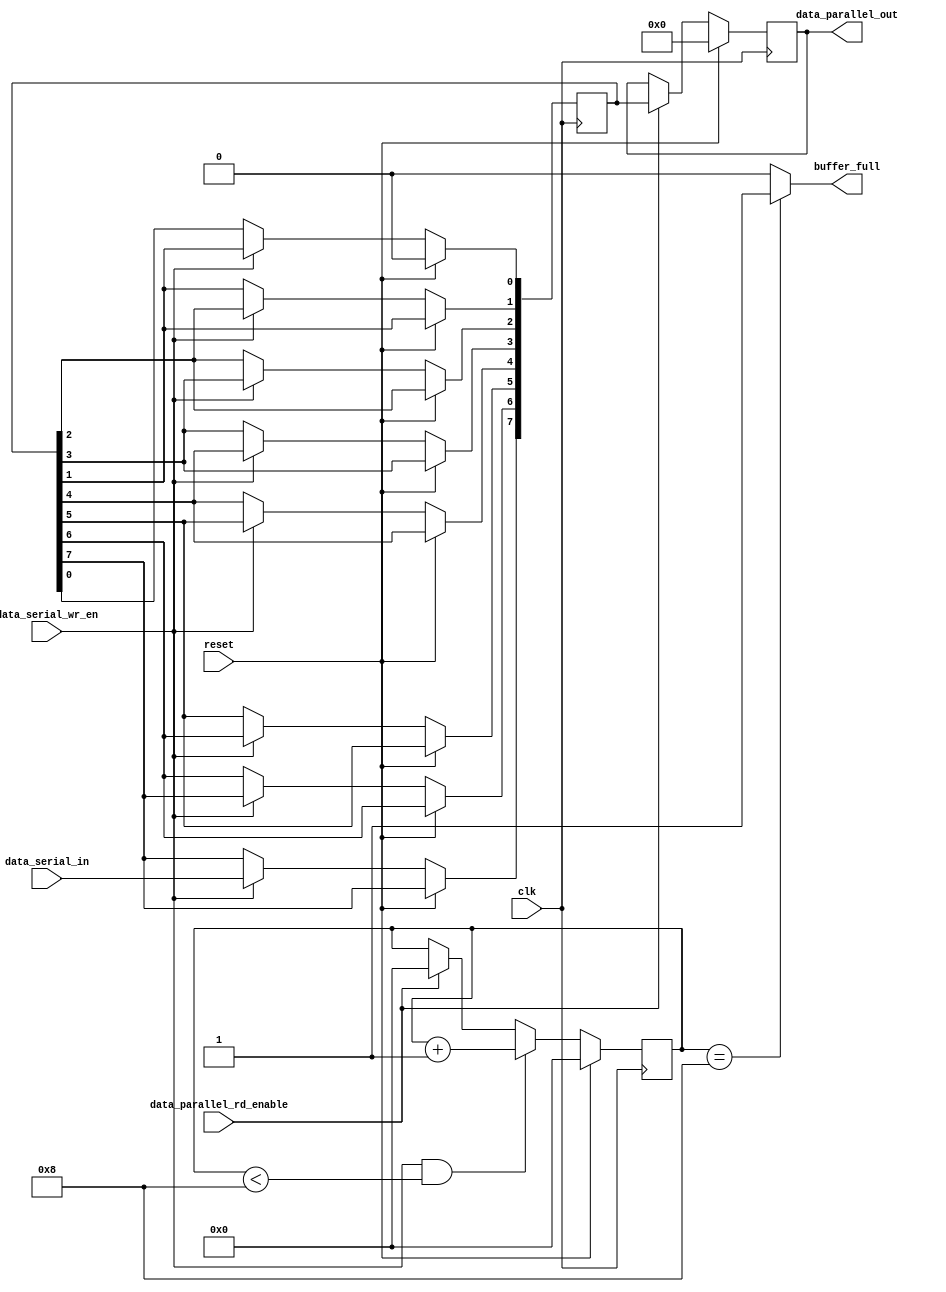
module rx_buffer#(
	parameter WORD_SIZE=8,
	parameter NO_OF_WORDS=1
)
(
    input clk,
    input reset,
	 
    input data_serial_wr_en,
    input data_serial_in,	 
	 
    input  data_parallel_rd_enable,
    output reg [WORD_SIZE*NO_OF_WORDS-1:0]  data_parallel_out,
    output buffer_full
);

localparam WIDTH=WORD_SIZE*NO_OF_WORDS;
localparam COUNTER_WIDTH=logb2(WIDTH+1);

reg[COUNTER_WIDTH-1:0] buffer_full_counter;
reg[WIDTH-1:0] memory;


function integer logb2;
  input [31:0] in;
  integer i;
  begin
    i = in;
      for(logb2=1; i>0; logb2=logb2+1)
        i = i >> 1;
  end
endfunction



always@(posedge clk)begin
	if(reset)begin
			data_parallel_out <={{WIDTH}{1'b0}};
	end
	else if(data_parallel_rd_enable) begin
		  data_parallel_out<=memory;
	end
end

integer j;
always@(posedge clk)begin
	if(reset)begin
		for (j = 0; j <WIDTH; j = j + 1)
			memory[0] <=1'b0;		
	end
	else if(data_serial_wr_en) begin
		memory[WIDTH-1] <=data_serial_in;
		for (j = WIDTH-1; j >0; j = j - 1) begin: SHIFT
            memory[j-1] <=memory[j]; 
		end
	end		
end


always@(posedge clk)
begin
	if(reset)begin
		buffer_full_counter<={{COUNTER_WIDTH}{1'b0}};
	end
	else begin
		if(data_serial_wr_en && buffer_full_counter<WIDTH)
			buffer_full_counter<=buffer_full_counter+{{{COUNTER_WIDTH-1}{1'b0}},1'b1};		
		else if(data_parallel_rd_enable)
			buffer_full_counter<={{COUNTER_WIDTH}{1'b0}};
	end
end

assign buffer_full=(buffer_full_counter==WIDTH)?1'b1:1'b0;


endmodule